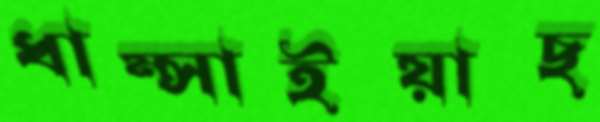
ধাম্‌সাইয়াছ